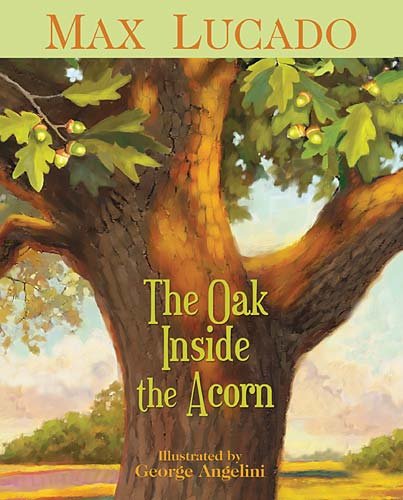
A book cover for The Oak Inside the Acorn; Max Lucado; Christian Books & Bibles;